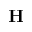
\textbf { H }